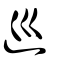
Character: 巡